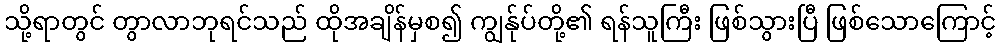
သို့ရာတွင် တွာလာဘုရင်သည် ထိုအချိန်မှစ၍ ကျွန်ုပ်တို့၏ ရန်သူကြီး ဖြစ်သွားပြီ ဖြစ်သောကြောင့်